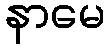
နာမေ